65_HS1-834228961_62-HQ-83894_SUB_A
Agency: FBI
Page 87
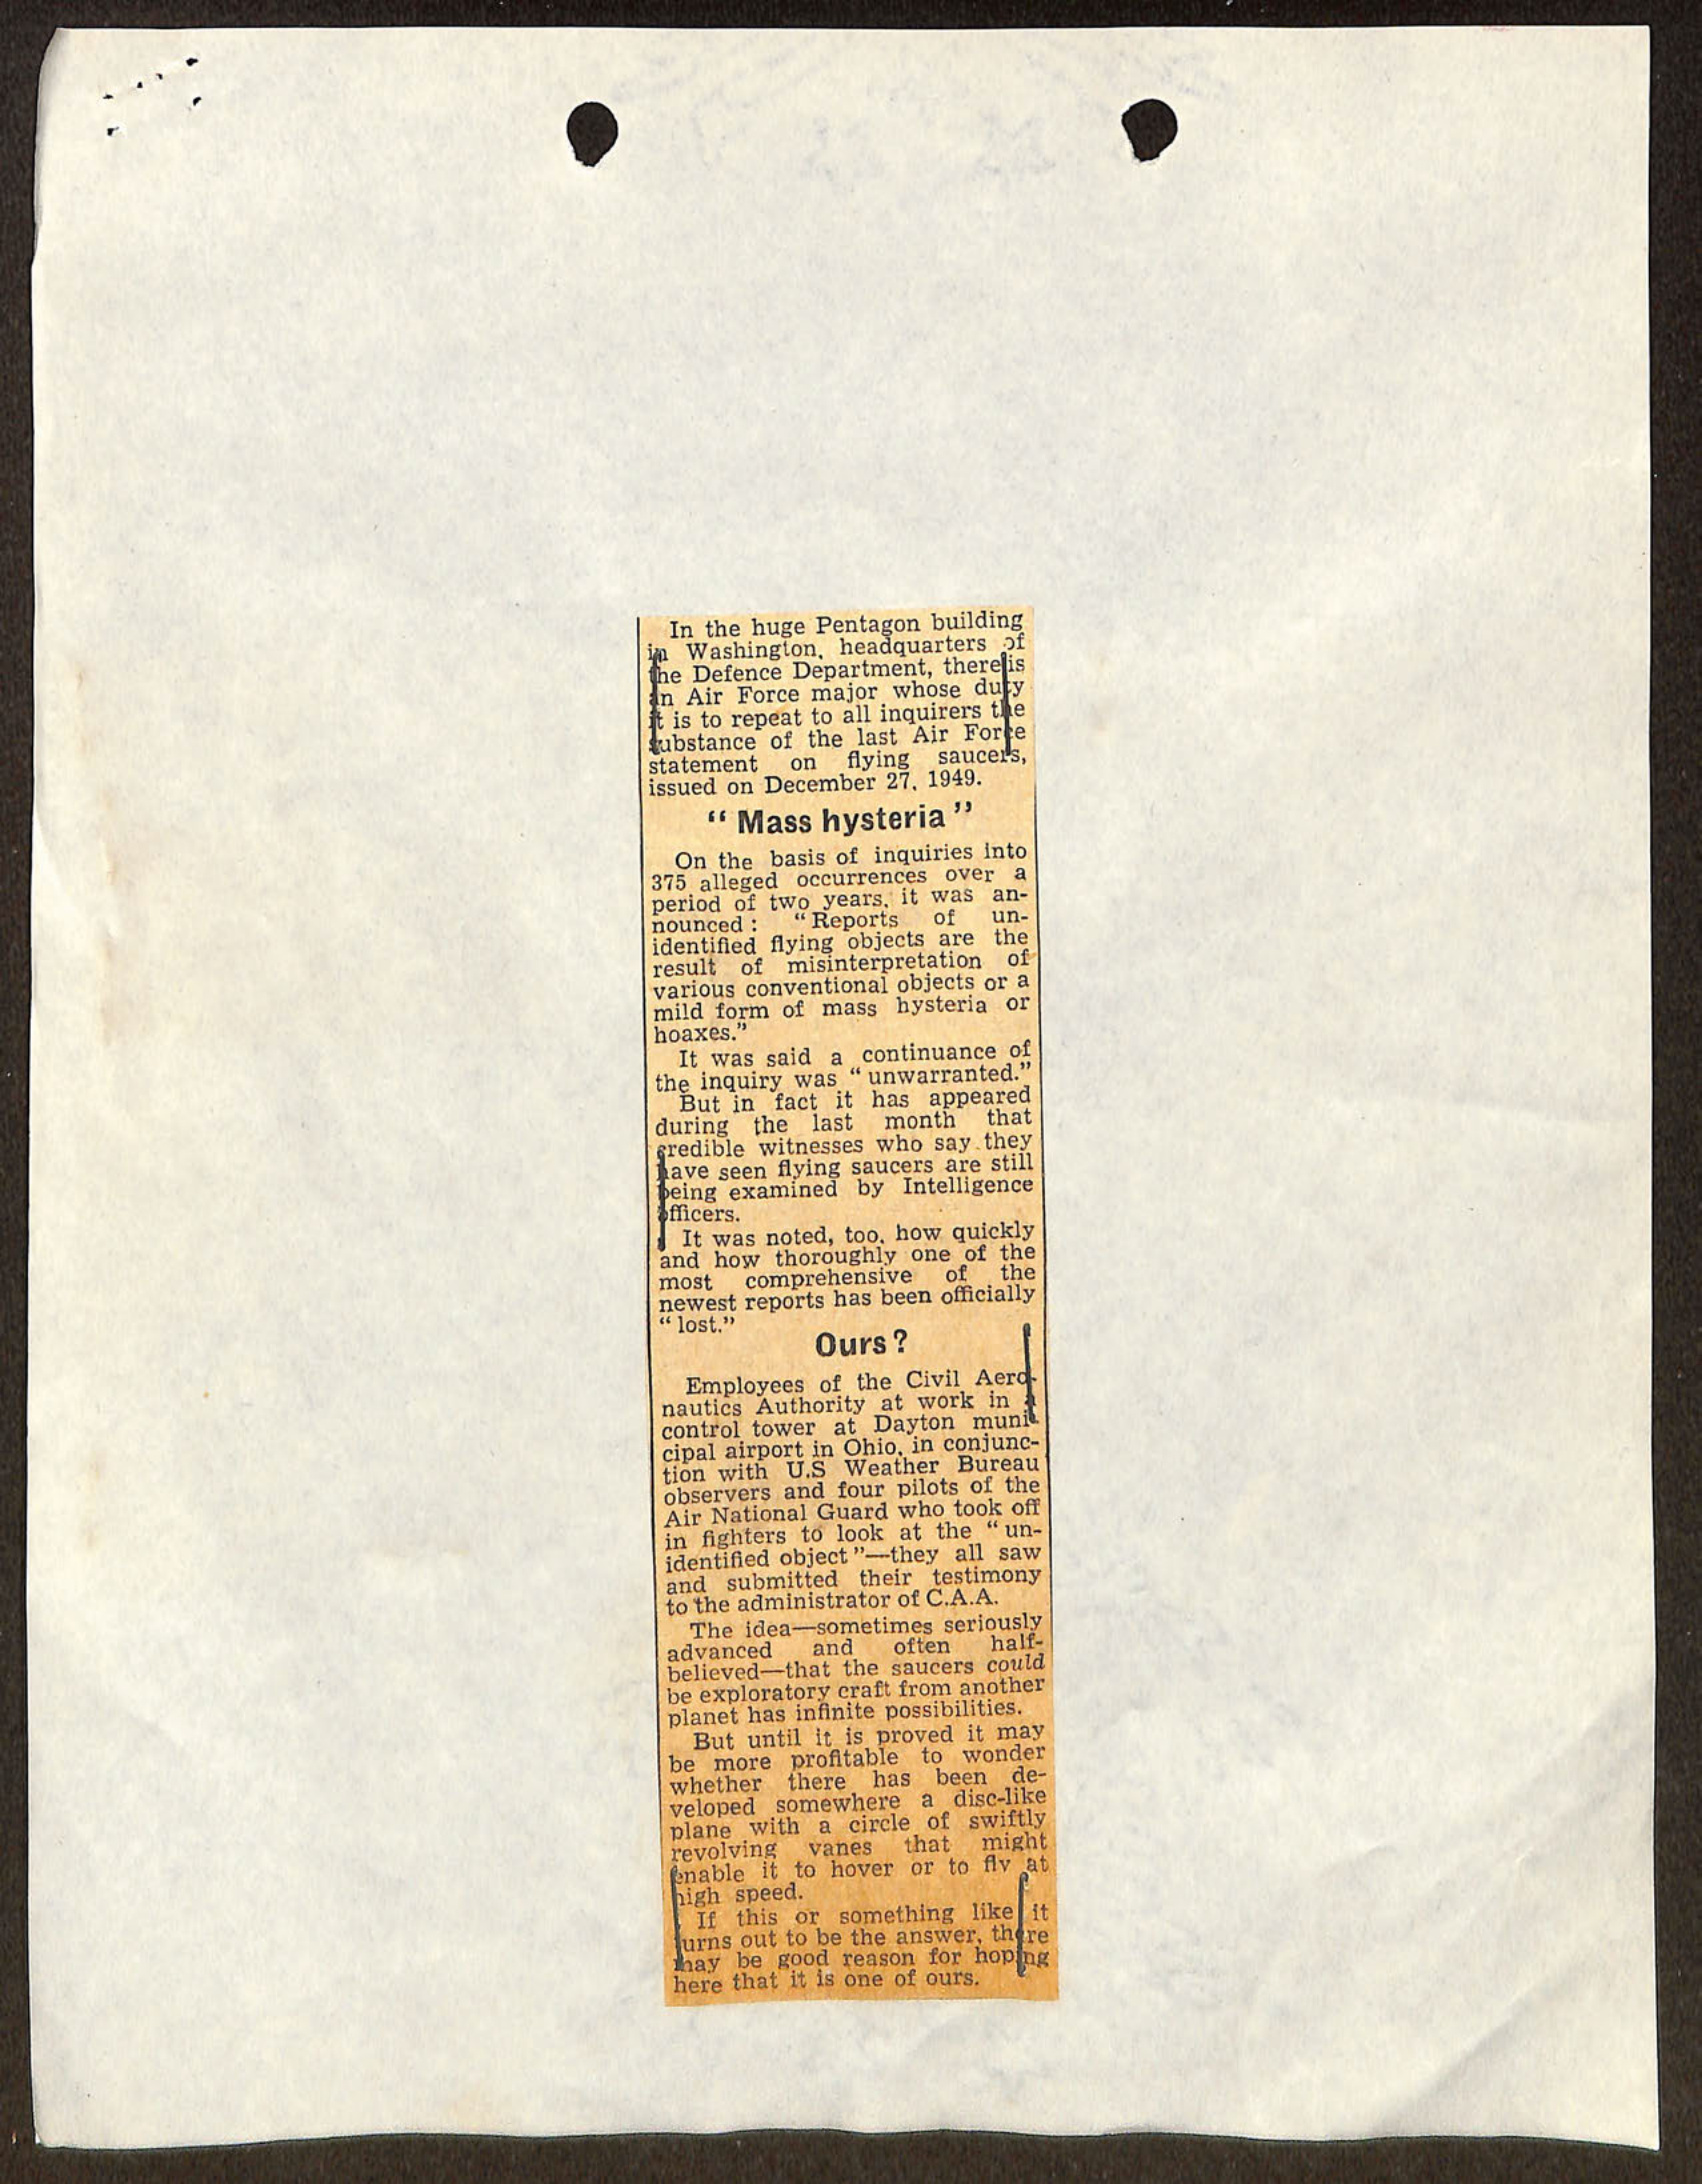